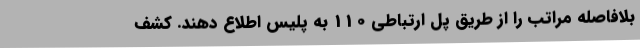
بلافاصله مراتب را از طریق پل ارتباطی 110 به پلیس اطلاع دهند. کشف